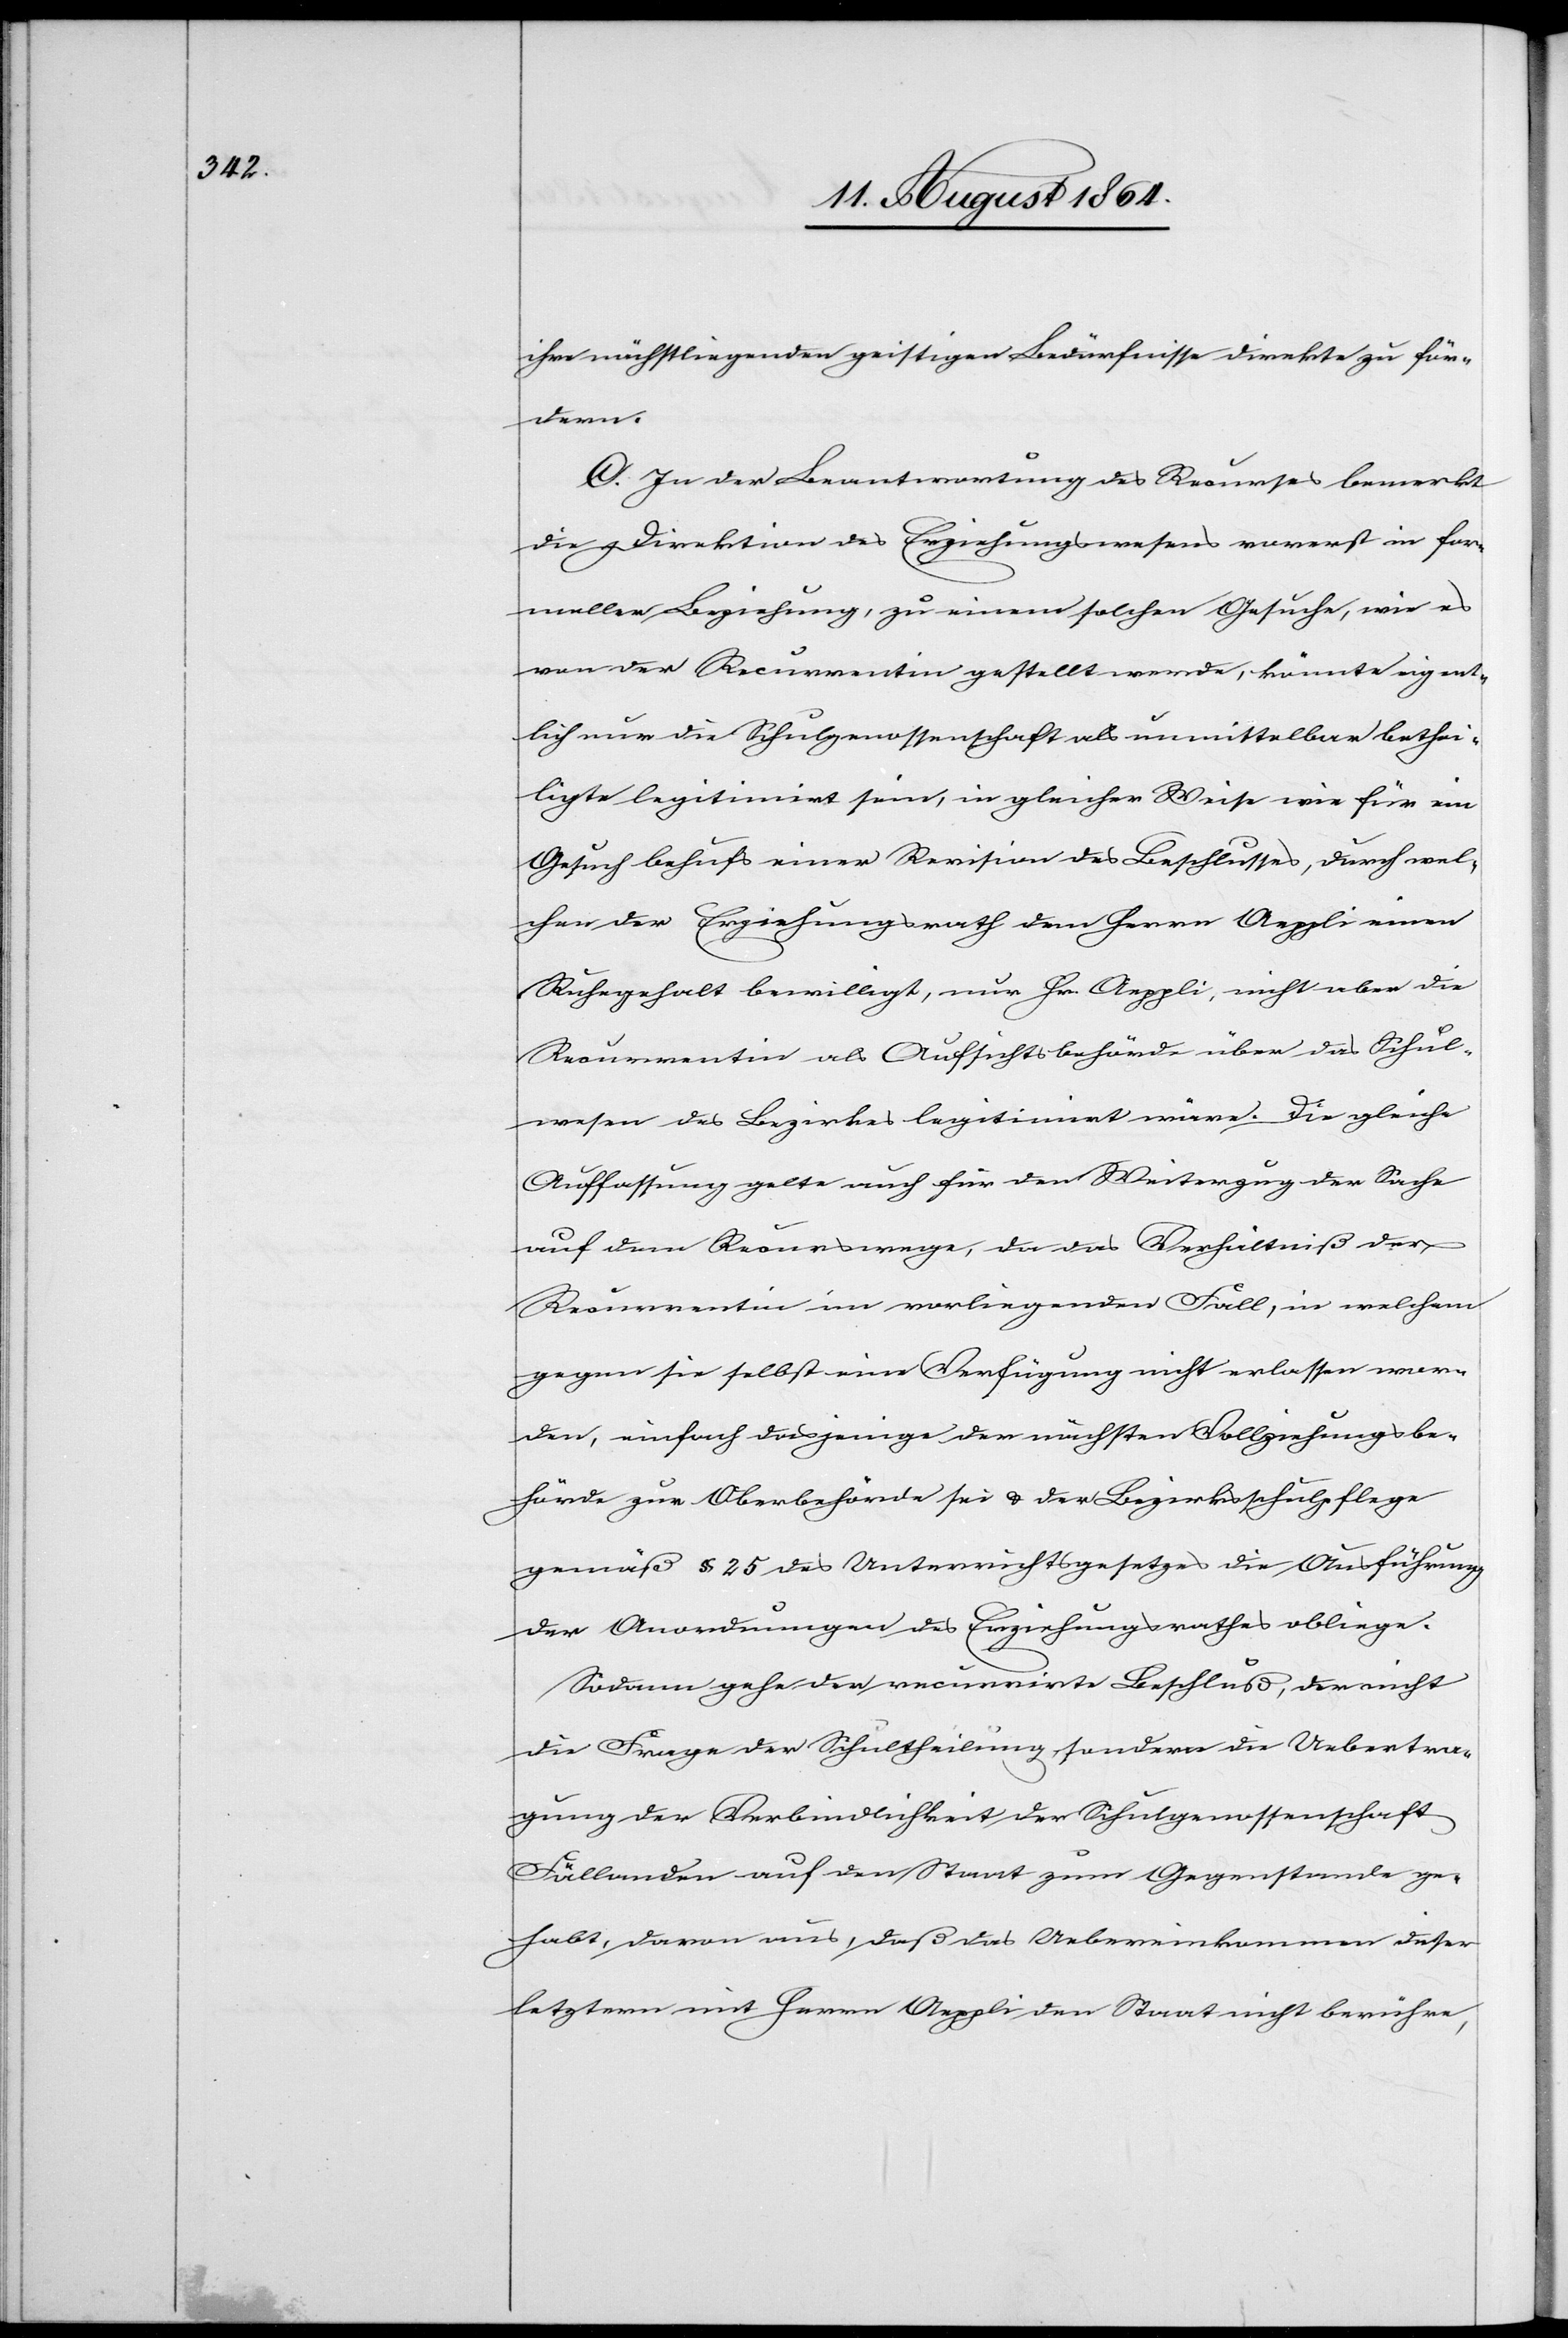
ihre nächstliegenden geistigen Bedürfnisse direkte zu för¬
dern.
C. In der Beantwortung des Recurses bemerkt
die Direktion des Erziehungswesens vorerst in for¬
meller Beziehung, zu einem solchen Gesuche, wie es
von der Recurrentin gestellt werde, könnte eigent¬
lich nur die Schulgenossenschaft als unmittelbare bethei¬
ligte [sic!] legitimirt sein, in gleicher Weise wie für ein
Gesuch behufs einer Revision des Beschlusses, durch wel¬
chen der Erziehungsrath dem Herrn Aeppli einen
Ruhegehalt bewilligt, nur Hr. Aeppli, nicht aber die
Recurrentin als Aufsichtsbehörde über das Schul¬
wesen des Bezirkes legitimirt wäre. Die gleiche
Auffassung gelte auch für den Weiterzug der Sache
auf dem Recurswege, da das Verhältniß der
Recurrentin im vorliegenden Fall, in welchem
gegen sie selbst eine Verfügung nicht erlassen wor¬
den, einfach dasjenige der nächsten Vollziehungsbe¬
hörde zur Oberbehörde sei & der Bezirksschulpflege
gemäß § 25 des Unterrichtsgesetzes die Ausführung
der Anordnungen des Erziehungsrathes obliege.
Sodann gehe der recurrirte Beschluß, der nicht
die Frage der Schultheilung, sondern die Uebertra¬
gung der Verbindlichkeit der Schulgenossenschaft
Fällanden auf den Staat zum Gegenstande ge¬
habt, davon aus, daß das Uebereinkommen dieser
letztern mit Herrn Aeppli den Staat nicht berühre,